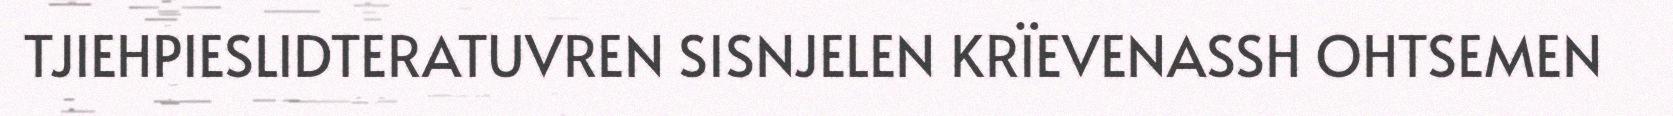
TJIEHPIESLIDTERATUVREN SISNJELEN KRÏEVENASSH OHTSEMEN